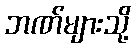
ဘဏ်များသို့